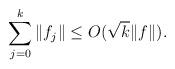
LaTeX: \begin{align*} \sum_{j=0}^k \|f_j\|\leq O(\sqrt{k}\|f\|).\end{align*}